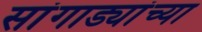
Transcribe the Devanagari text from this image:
सांगाड्यांच्या